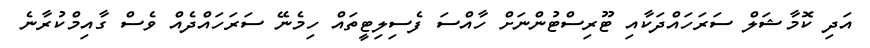
އަދި ކޮމާޝަލް ސަރަހައްދަކާއި ޓޫރިސްޓުންނަށް ހާއްސަ ފެސިލިޓީތައް ހިމެނޭ ސަރަހައްދެއް ވެސް ގާއިމްކުރާނެ